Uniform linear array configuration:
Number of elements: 32
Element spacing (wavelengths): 0.75
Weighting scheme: uniform
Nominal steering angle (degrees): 45
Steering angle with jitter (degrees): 43.292
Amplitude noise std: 0.05
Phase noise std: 0.05

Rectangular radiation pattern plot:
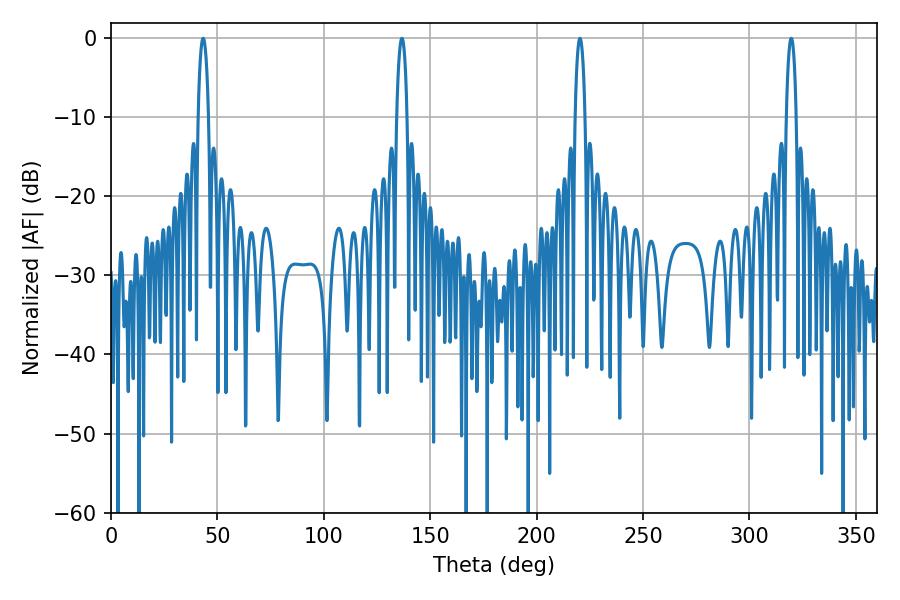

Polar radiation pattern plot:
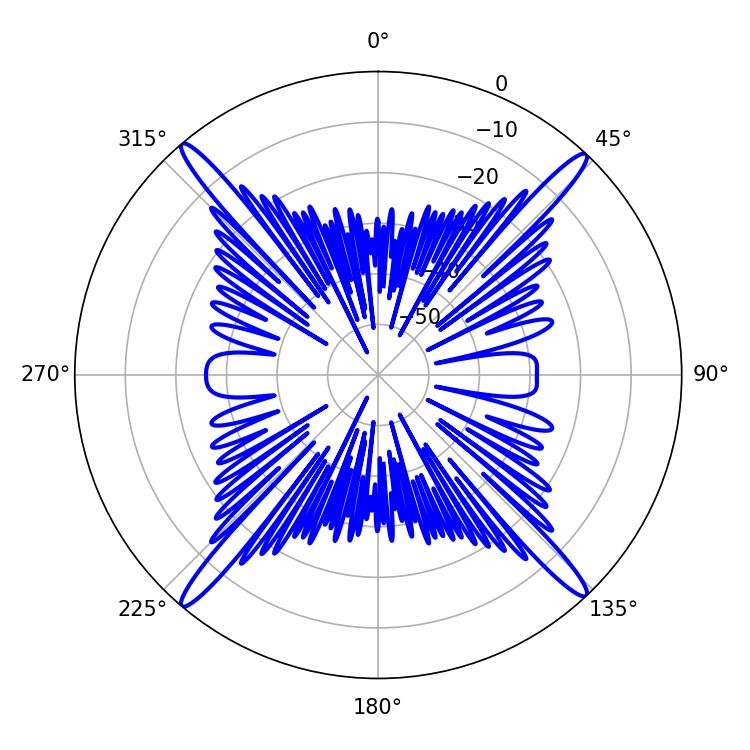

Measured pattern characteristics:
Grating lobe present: TRUE
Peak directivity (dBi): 24.463
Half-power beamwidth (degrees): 2.52
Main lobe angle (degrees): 220.32